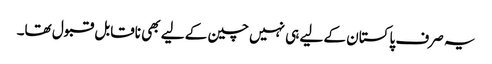
یہ صرف پاکستان کے لیے ہی نہیں چین کے لیے بھی ناقابل قبول تھا۔